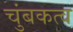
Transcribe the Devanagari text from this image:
चुंबकत्‍व